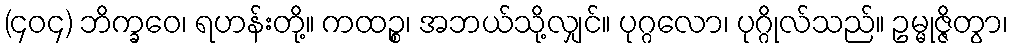
(၄၀၄) ဘိက္ခဝေ၊ ရဟန်းတို့။ ကထဉ္စ၊ အဘယ်သို့လျှင်။ ပုဂ္ဂလော၊ ပုဂ္ဂိုလ်သည်။ ဥမ္မုဇ္ဇိတွာ၊